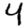
Digit: 4